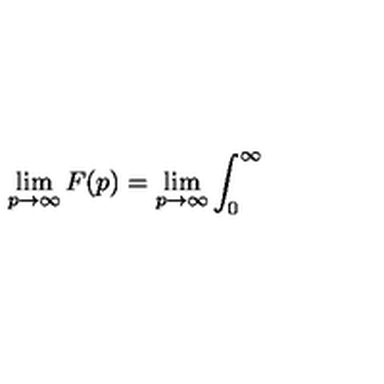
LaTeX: \lim _ { p \rightarrow \infty } F ( p ) = \lim _ { p \rightarrow \infty } \int _ { 0 } ^ { \infty }